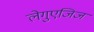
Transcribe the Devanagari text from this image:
लेगुएजिज